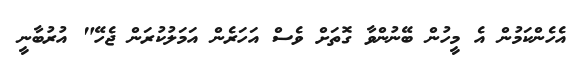
އެހެންކަމުން އެ މީހުން ބޭނުންވާ ގޮތަށް ވެސް އަހަރެން އަމަލުކުރަން ޖެހޭ" އުރުބާނީ